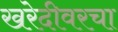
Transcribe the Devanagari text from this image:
खरेदीवरचा